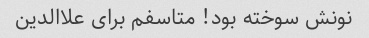
نونش سوخته بود! متاسفم برای علاالدین